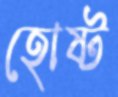
হোষ্ট